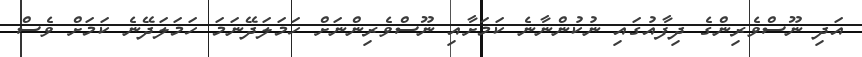
އަދި ނޫސްވެރިންގެ ދިފާއުގައި ނުކުންނާނެ ކަމަށާއި ނޫސްވެރިންނަށް ހަމަލަދޭނަމަ ހަމަލަދޭނެ ކަމަށް ވެސް